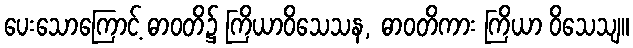
ပေးသောကြောင့် ဓာဝတိ၌ ကြိယာဝိသေသန, ဓာဝတိကား ကြိယာ ဝိသေသျ။